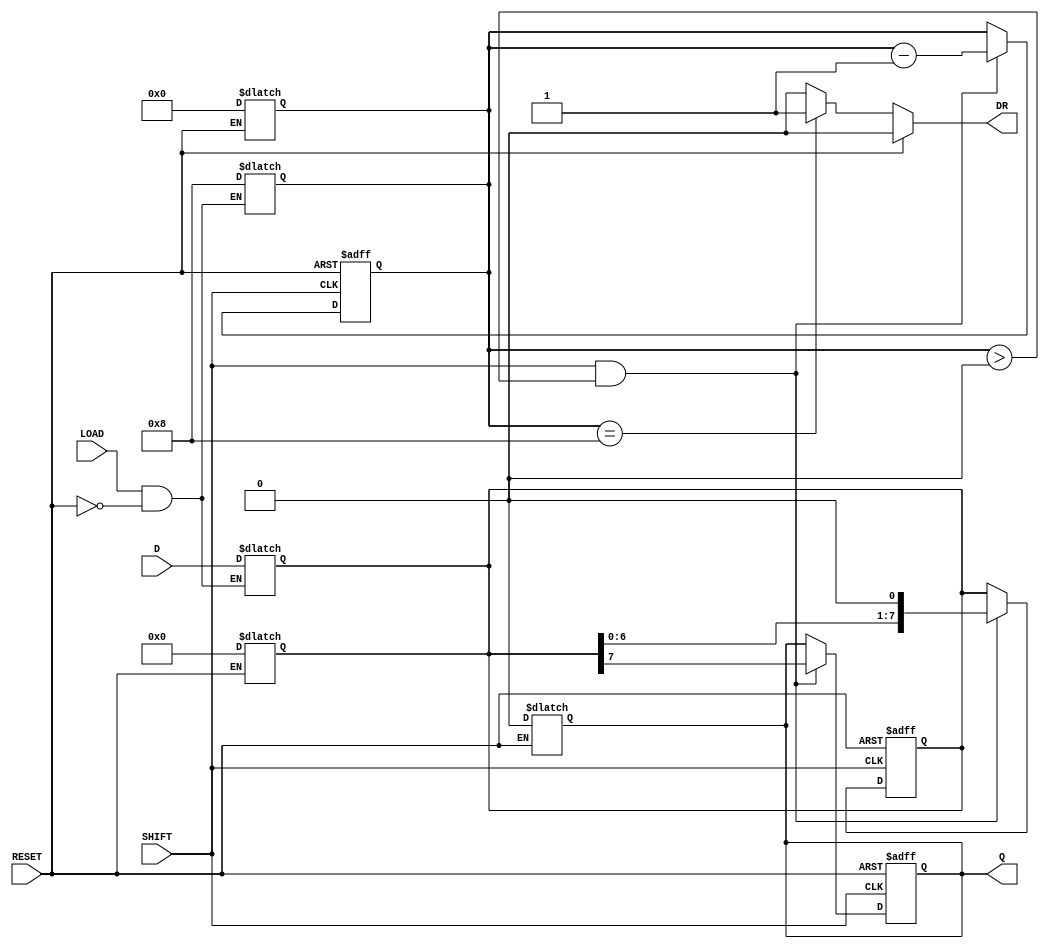
module PISO_Register #(
    parameter WIDTH = 8  // Width of the register
)(
    input  wire [WIDTH-1:0] D,      // Parallel data input
    input  wire LOAD,                 // Control signal to load data
    input  wire SHIFT,                // Control signal to shift data out
    input  wire RESET,                // Asynchronous reset signal
    output reg  Q,                    // Serial output
    output reg  DR                    // Data Ready signal
);

    reg [WIDTH-1:0] shift_reg;        // Shift register to hold data
    reg [3:0] bit_count;               // Counter for the number of bits shifted out

    // Asynchronous Reset
    always @* begin
        if (RESET) begin
            shift_reg = {WIDTH{1'b0}}; // Clear shift register
            bit_count = 0;             // Reset bit count
            Q = 1'b0;                  // Reset serial output
            DR = 1'b0;                 // Reset Data Ready signal
        end
        else begin
            // Data Ready signal: Assert when data is loaded
            DR = (bit_count == WIDTH) ? 1'b1 : 1'b0;
        end
    end

    // Loading data into the shift register
    always @* begin
        if (LOAD && !RESET) begin
            shift_reg = D;              // Load data into shift register
            bit_count = WIDTH;          // Set bit count to WIDTH
        end
    end

    // Shifting data out serially
    always @(posedge SHIFT or posedge RESET) begin
        if (RESET) begin
            shift_reg <= {WIDTH{1'b0}}; // Clear shift register
            bit_count <= 0;             // Reset bit count
            Q <= 1'b0;                  // Reset serial output
        end
        else if (SHIFT && bit_count > 0) begin
            Q <= shift_reg[WIDTH-1];    // Output the MSB
            shift_reg <= shift_reg << 1; // Shift left
            bit_count <= bit_count - 1;  // Decrement bit count
        end
    end

endmodule